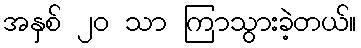
အနှစ် ၂၀ သာ ကြာသွားခဲ့တယ်။